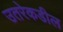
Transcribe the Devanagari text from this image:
उतरेकडील